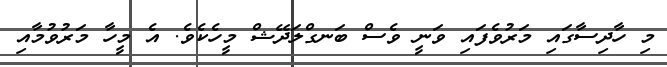
މި ހާދިސާގައި މަރުވެފައި ވަނީ ވެސް ބަނގްލަދޭޝް މީހެކެވެ. އެ މީހާ މަރުވުމާއި